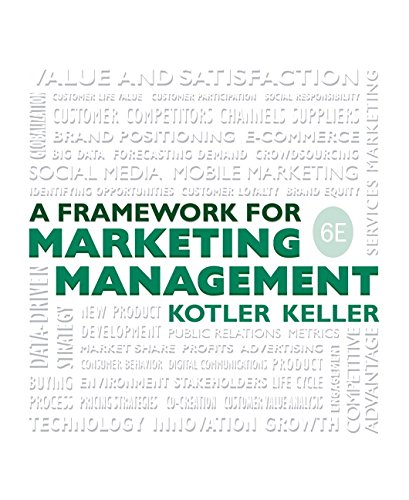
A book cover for Framework for Marketing Management (6th Edition); Philip T Kotler; Business & Money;